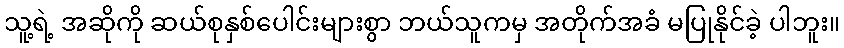
သူ့ရဲ့ အဆိုကို ဆယ်စုနှစ်ပေါင်းများစွာ ဘယ်သူကမှ အတိုက်အခံ မပြုနိုင်ခဲ့ ပါဘူး။